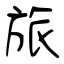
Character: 旅